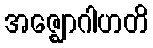
အဇ္ဈောဂါဟတိ